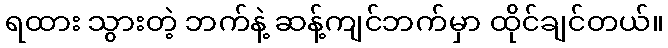
ရထား သွားတဲ့ ဘက်နဲ့ ဆန့်ကျင်ဘက်မှာ ထိုင်ချင်တယ်။